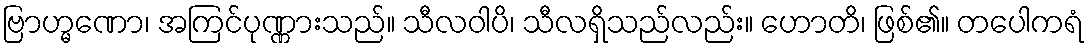
ဗြာဟ္မဏော၊ အကြင်ပုဏ္ဏားသည်။ သီလဝါပိ၊ သီလရှိသည်လည်း။ ဟောတိ၊ ဖြစ်၏။ တပေါကရံ